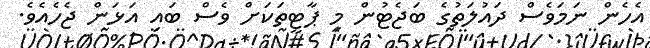
އެހެން ނަމަވެސް ދައުލަތުގެ ބަޖެޓުން މި ޕާޓީތަކަށް ވެސް ބައި އަޅަން ޖެހެއެވެ.